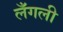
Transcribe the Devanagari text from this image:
लँगली